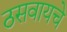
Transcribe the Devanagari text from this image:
ठसवायचे